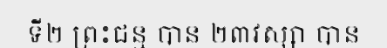
ទី២ ព្រះជន្ម បាន ២៣វស្សា បាន